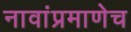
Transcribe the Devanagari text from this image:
नावांप्रमाणेच